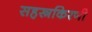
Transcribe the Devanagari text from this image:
सहस्त्रकिरणी